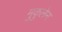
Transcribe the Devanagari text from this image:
मुकुलेन